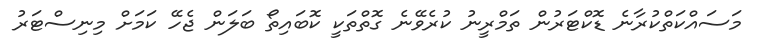
މަސައްކަތްކުރާނެ ޑޮކްޓަރުން ތަމްރީނު ކުރެވޭނެ ގޮތްތަކީ ކޮބައިތޯ ބަލަން ޖެހޭ ކަމަށް މިނިސްޓަރު